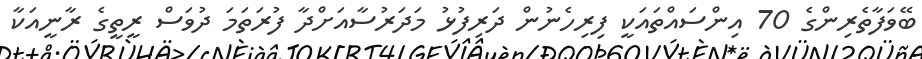
ބޭވަފާތެރިންގެ 70 އިންސައްތައަކީ ފިރިހެނުން ދަރިފުޅު މަދަރުސާއަށްދާ ފުރަތަމަ ދުވަސް ރީތީގެ ރާނީއަކާ